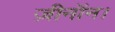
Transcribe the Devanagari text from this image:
ज़ीनॉन।